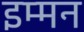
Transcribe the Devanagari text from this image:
इम्मन